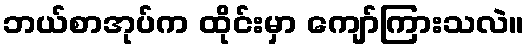
ဘယ်စာအုပ်က ထိုင်းမှာ ကျော်ကြားသလဲ။